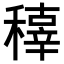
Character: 𥢍